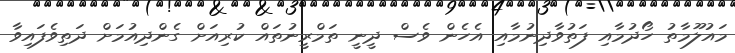
މައުލޫމާތު ހޯދުމާއި ފަތުވާދިނުމާއި އެހެން ވެސް ދީނީ ތަމްރީނުތައް ކުރިއަށް ގެންދިއުމަށް ދަތިވެފައިވާ